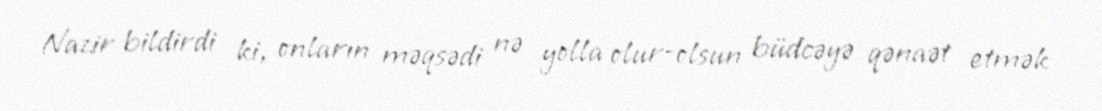
Nazir bildirdi ki, onların məqsədi nə yolla olur-olsun büdcəyə qənaət etmək